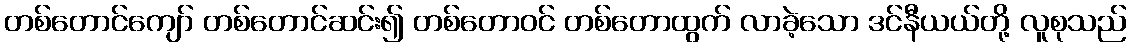
တစ်တောင်ကျော် တစ်တောင်ဆင်း၍ တစ်တောဝင် တစ်တောထွက် လာခဲ့သော ဒင်နီယယ်တို့ လူစုသည်